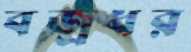
বজ্রধর